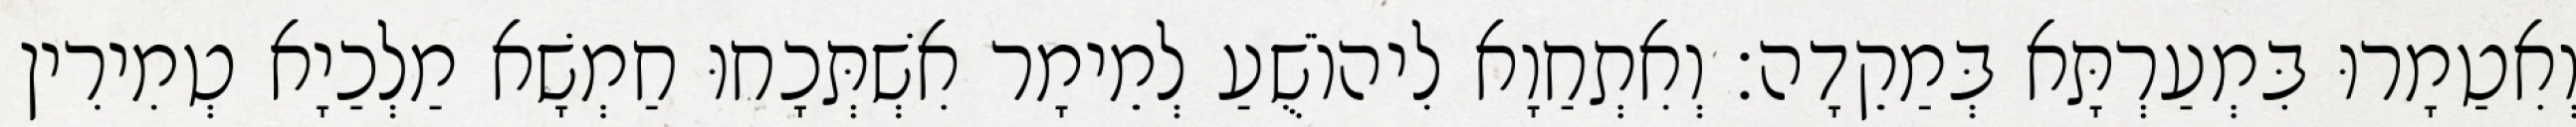
וְאִטַמָרוּ בִּמְעַרְתָּא בְּמַקֵדָה׃ וְאִתְחַוָא לִיהוֹשֻׁעַ לְמֵימָר אִשְׁתְּכָחוּ חַמְשָׁא מַלְכַיָא טְמִירִין